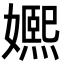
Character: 㜯